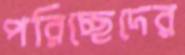
পরিচ্ছেদের